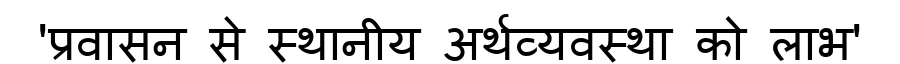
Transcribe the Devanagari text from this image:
'प्रवासन से स्थानीय अर्थव्यवस्था को लाभ'